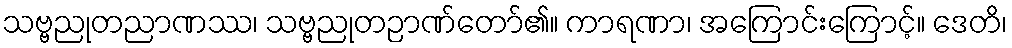
သဗ္ဗညုတညာဏဿ၊ သဗ္ဗညုတဉာဏ်တော်၏။ ကာရဏာ၊ အကြောင်းကြောင့်။ ဒေတိ၊